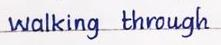
walking through